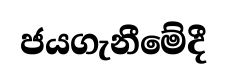
ජයගැනීමේදී